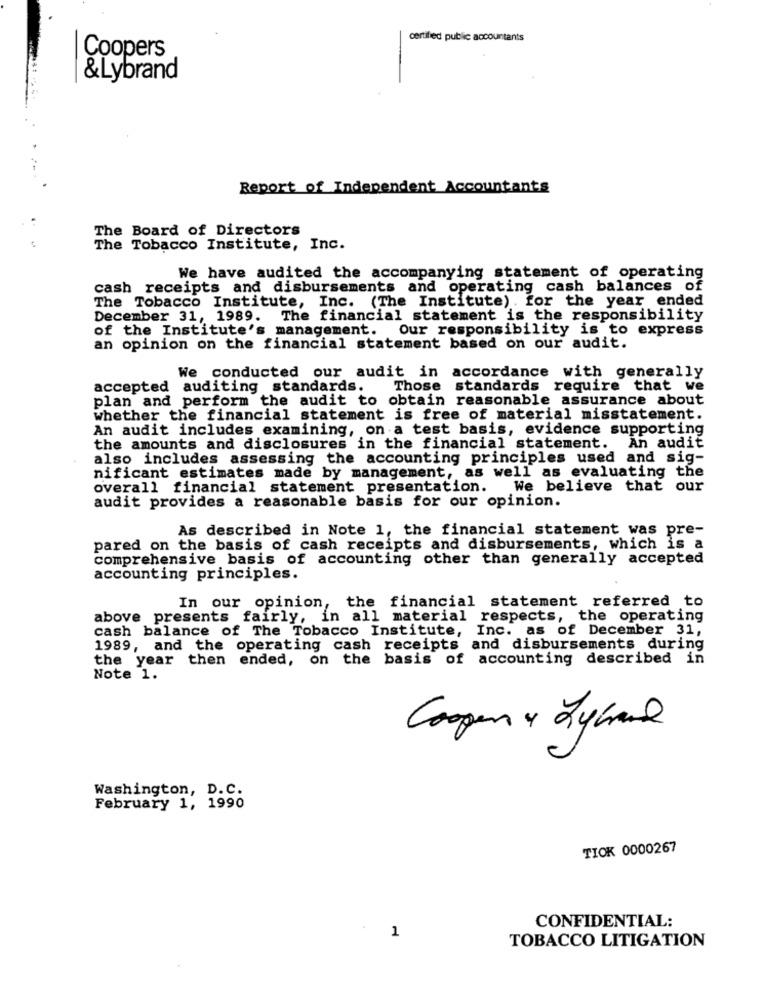
certified public accountants
Coopers
&Lybrand
Report of Independent Accountants
The Board of Directors
The Tobacco Institute, Inc.
We have audited the accompanying statement of operating
cash receipts and disbursements and operating cash balances of
The Tobacco Institute, Inc. (The Institute) . for the year ended
December 31, 1989. The financial statement is the responsibility
of the Institute's management. Our responsibility is to express
an opinion on the financial statement based on our audit.
We conducted our audit in accordance with generally
accepted auditing standards.
Those standards require that we
plan and perform the audit to obtain reasonable assurance about
whether the financial statement is free of material misstatement.
An audit includes examining, on a test basis, evidence supporting
the amounts and disclosures in the financial statement. An audit
also includes assessing the accounting principles used and sig-
nificant estimates made by management, as well as evaluating the
overall financial statement presentation. We believe that our
audit provides a reasonable basis for our opinion.
As described in Note 1, the financial statement was pre-
pared on the basis of cash receipts and disbursements, which is a
comprehensive basis of accounting other than generally accepted
accounting principles.
In our opinion, the financial statement referred to
above presents fairly, in all material respects, the operating
cash balance of The Tobacco Institute, Inc. as of December 31,
1989, and the operating cash receipts and disbursements during
the year then ended, on the basis of accounting described in
Note 1.
Coopen & Lybrand
Washington, D.C.
February 1, 1990
TIOK 0000267
CONFIDENTIAL:
1
TOBACCO LITIGATION